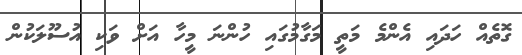
ގޮތެއް ހަދައި އެންމެ މަތީ މަގާމުގައި ހުންނަ މީހާ އަށް ވަކި އުސޫލަކުން